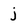
Character: j